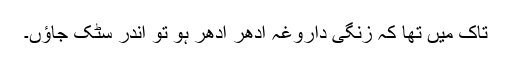
تاک میں تھا کہ زنگی داروغہ اِدھر اُدھر ہو تو اندر سٹک جاؤں۔